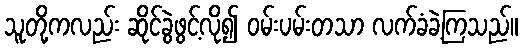
သူတို့ကလည်း ဆိုင်ခွဲဖွင့်လို၍ ဝမ်းပမ်းတသာ လက်ခံခဲ့ကြသည်။